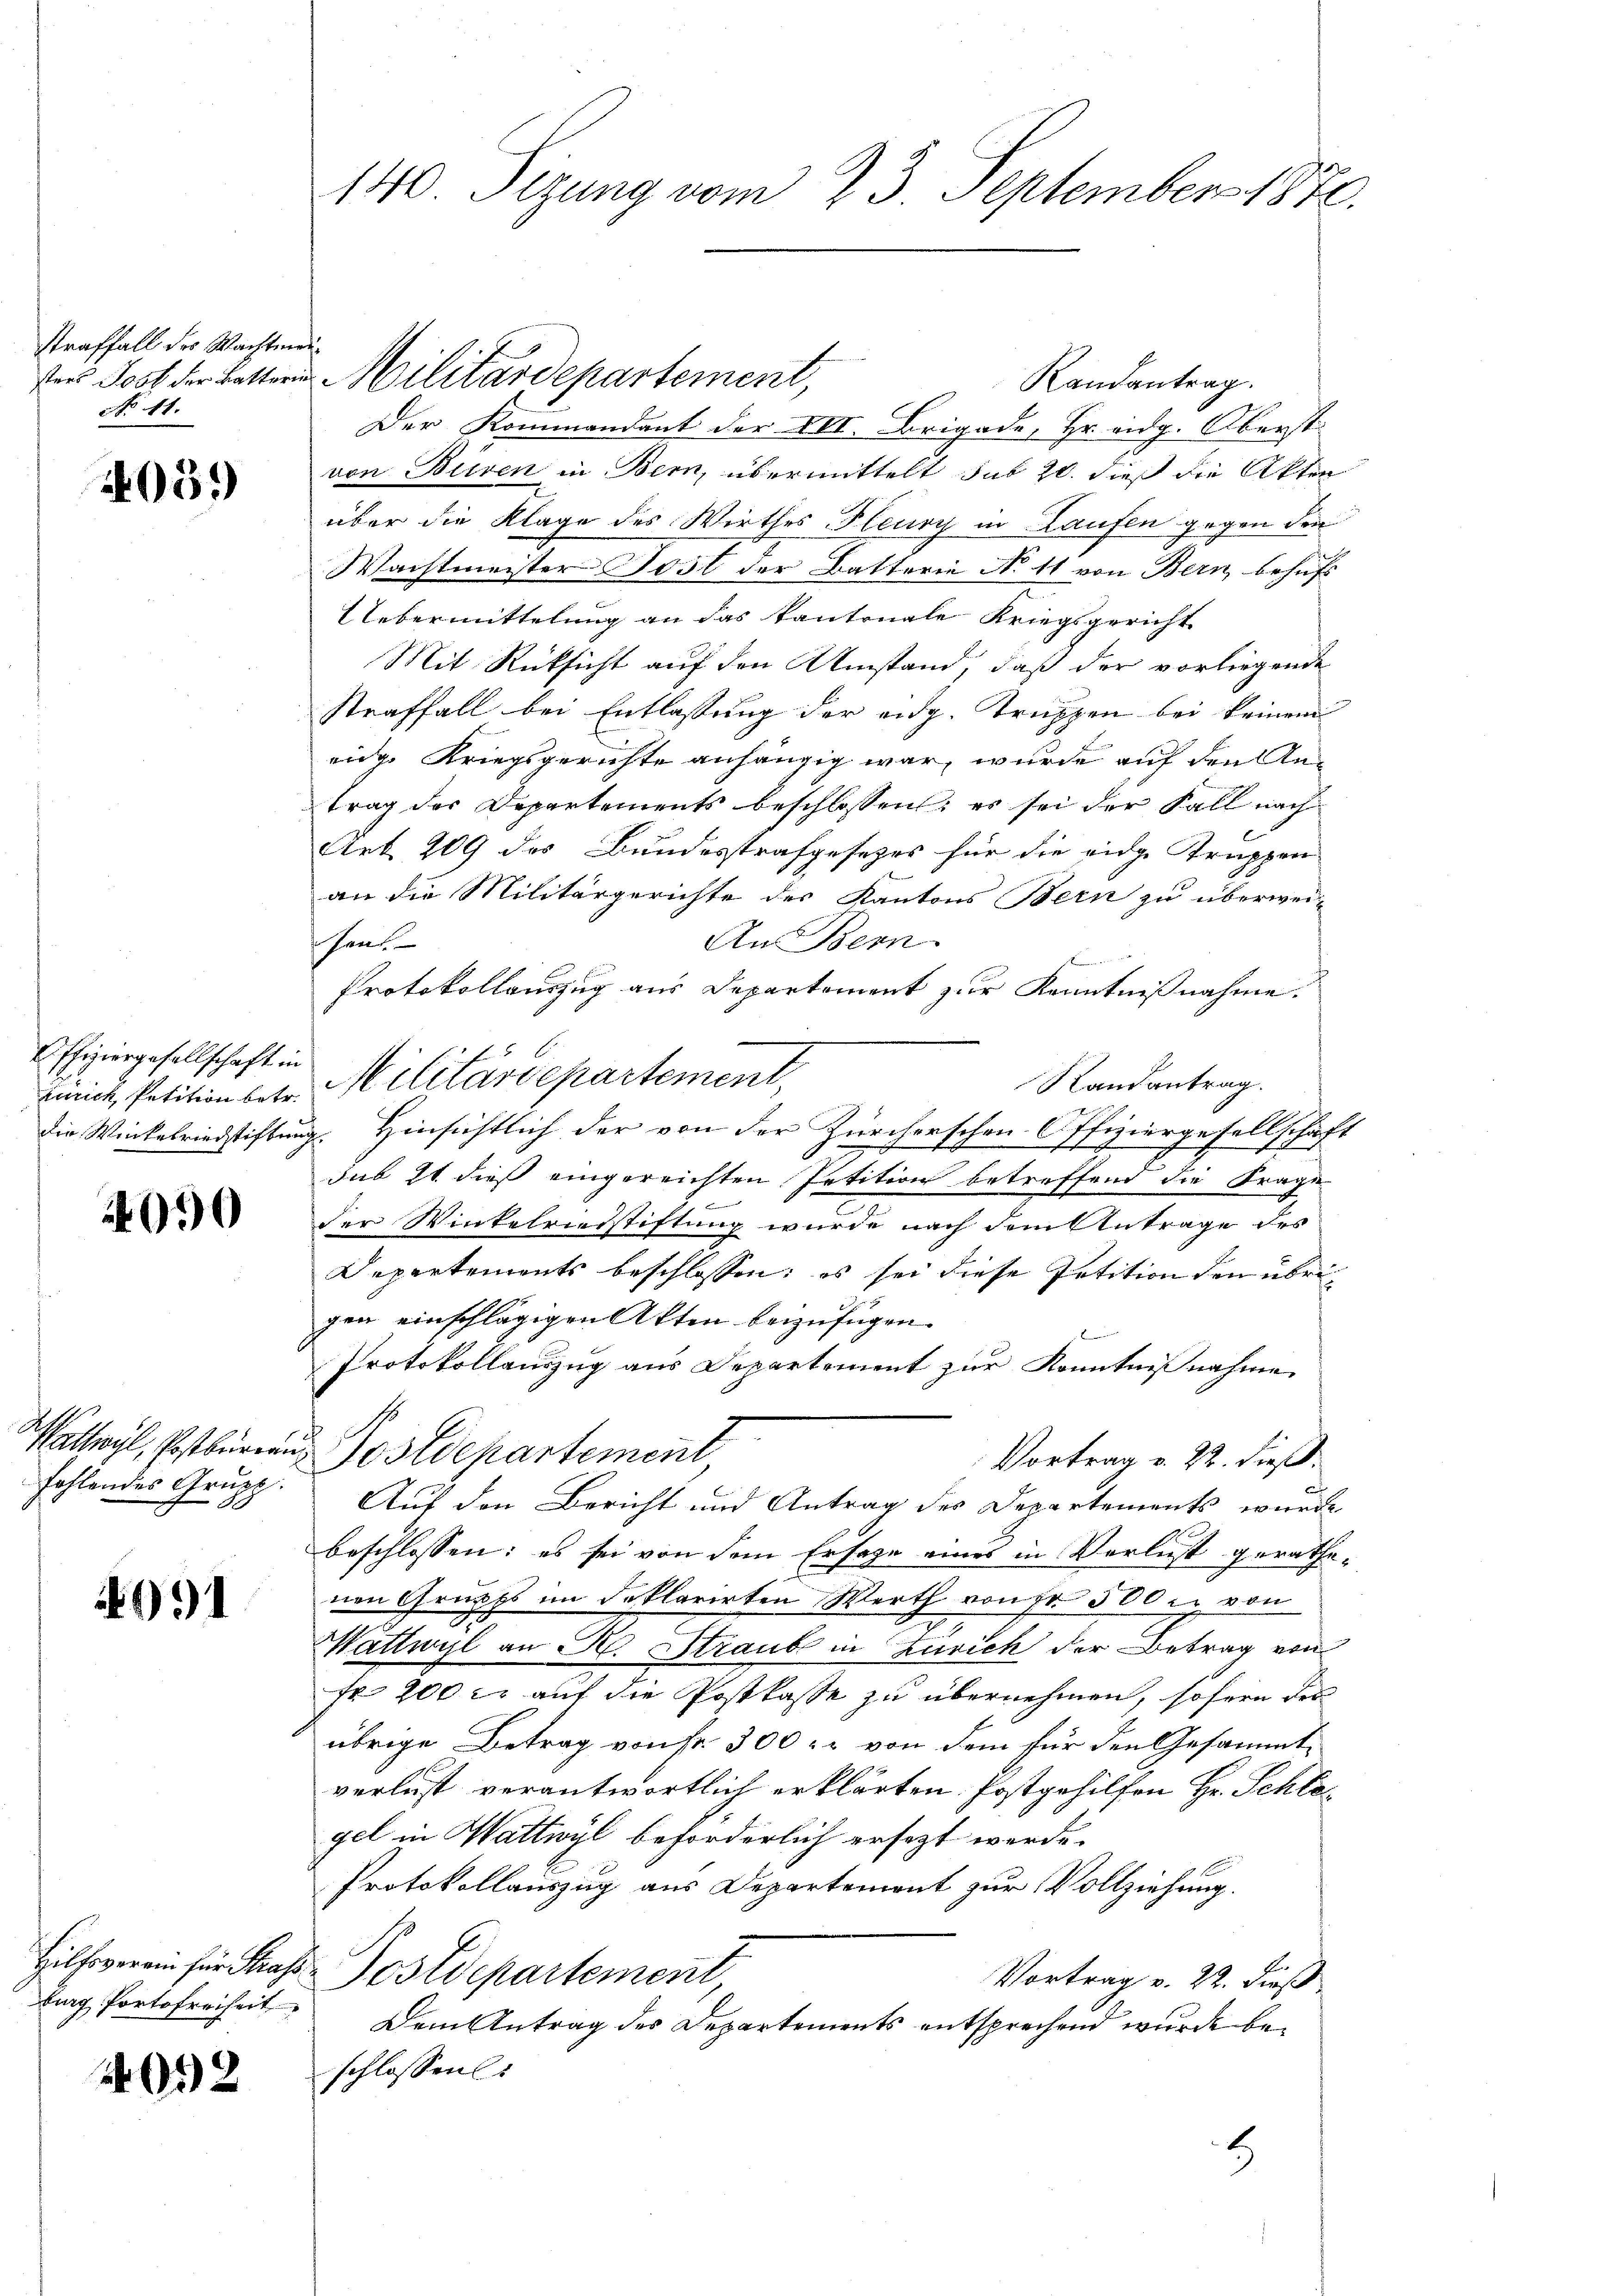
straffall des Wachten
sters Jost der Battern
No 11.

05.)

Offiziergesellschaft in
zurich, Petition betr.
die Winkelriedstiften

50

Mathyl, Postburea
fahlendes Grupp

4991

lug, Portofreiheit

4092

140 Sizung vom 23. September 1870.

t
Randantrag.
Der Kommandant der VII. Brigade, Hr. eidg. Oberst
von Bieren in Bern, übermittelt sub 20. dieß die Akten
über die Klage des Wirthes Plenry in Laufen gegen den
Wachtmeister Jost der Batterie No 11 von Bern behufs
Uebermittelung an das kantonale Kriegsgericht
Mit Rücksicht auf den Umstand, daß der vorliegende
Straffall bei Entlassung der aug. Truppen bei keinem
eidge Kriegsgerichte anhängig war, wurde auf den Antrag des Departements beschlossen; es sei der Fall nach
Art. 209 des Bundesstrafgesetzes für die eidge Trappen
an die Militärgerichte des Kantons Bern zu überwei-
An Bern.
hen
Protokollauszug aus Departement zur Kenntnißnahme.
Militärdepartement,
Randantrag.
g. Hinsichtlich der von der Zürcherschen Offiziergesellschaft
sub 21 dieß eingereichten Petition betreffend die Frage
der Winkelriedstiftung wurde nach dem Antrage des
Departements beschlossen: es sei diese Petition den übrig
gen einschlägigen Akten beizufügen.
l
Protokollauszug aus Departement zur Kenntnißnahme
Postdepartement
Vortrag v. 22. dieß.
Auf den Bericht und Antrag des Departements wurde
beschlossen: es sei von dem Ersage eines in Verlust gerathenen Grupp im deplarirten Werth von fr. 500 xr von
Wattwyl an H. Straube in Zürich der Betrag von
Fr. 200 l. auf die Postkasse zu übernehmen, sofern der
übrige Betrag von Fr. 300 r. von dem für den Gesammtverlust verantwortlich erklärten Postgehilfen Hr. Schlogel in Wattwyl beförderlich ersezt werde.
Protokollauszug aus Departement zur Vollziehung.
Hilfsvoran für dass Postdepartement
Vortrag v. 22. dieß
Dem Antrag des Departements entsprechend wurde beschlossen.
8

Militärdepartement,